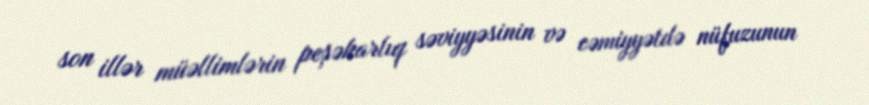
son illər müəllimlərin peşəkarlıq səviyyəsinin və cəmiyyətdə nüfuzunun